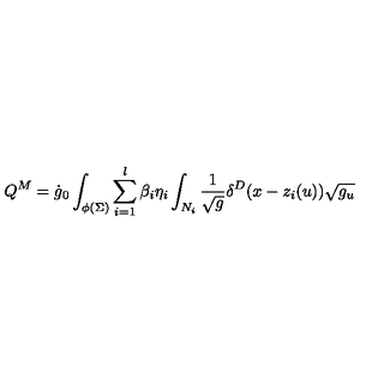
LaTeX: Q ^ { M } = \dot { g } _ { 0 } \int _ { \phi ( \Sigma ) } \sum _ { i = 1 } ^ { l } \beta _ { i } \eta _ { i } \int _ { N _ { i } } \frac 1 { \sqrt { g } } \delta ^ { D } ( x - z _ { i } ( u ) ) \sqrt { g _ { u } }